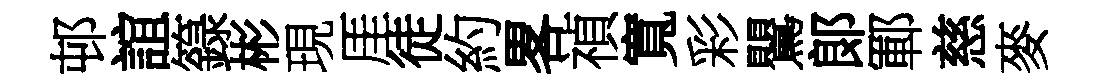
邨誼籙彬現厓徒約畧禎寬彩鸎郞鄆慈麥